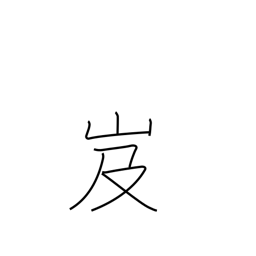
Meaning: dangerous